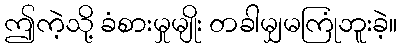
ဤကဲ့သို့ ခံစားမှုမျိုး တခါမျှမကြုံဘူးခဲ့။